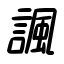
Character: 諷